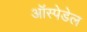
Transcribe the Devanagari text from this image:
ऑस्पेडेल